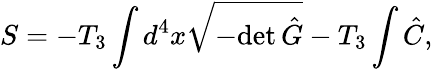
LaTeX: S=-T_{3}\int d^{4}x\sqrt{-\mathrm{det}\, \hat{G}}-T_{3}\int\hat{C},